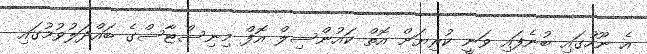
އެ ނޫހުގައި ބުނެފައި ވަނީ ކުރިޔަށް އޮތް ކައުންސިލް އޮފް މިނިސްޓާސްގެ ބައްދަލުވުމުގައި